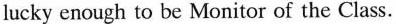
lucky enough to be Monitor of the Class.